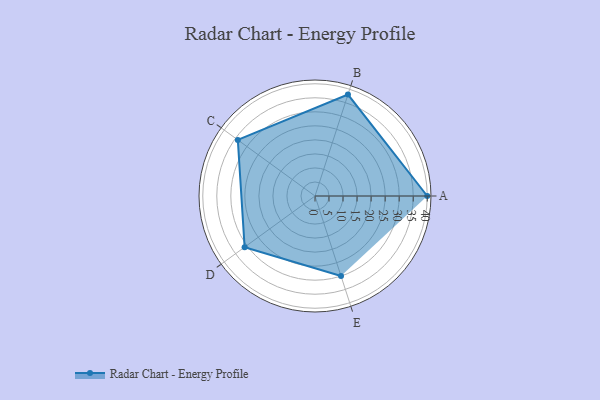
{"axis": {"x": "Skill", "y": "Score"}, "legend": ["Profile"], "data": [{"x": "A", "y": 40.0, "type": "Profile"}, {"x": "B", "y": 38.0, "type": "Profile"}, {"x": "C", "y": 34.0, "type": "Profile"}, {"x": "D", "y": 31.0, "type": "Profile"}, {"x": "E", "y": 30.0, "type": "Profile"}]}